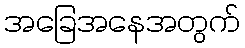
အခြေအနေအတွက်